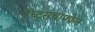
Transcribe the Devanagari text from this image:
रेच्ट्सचाफ्फेन